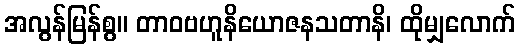
အလွန်မြန်စွ။ တာဝဗဟူနိယောဇနသတာနိ၊ ထိုမျှလောက်